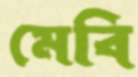
মেবি